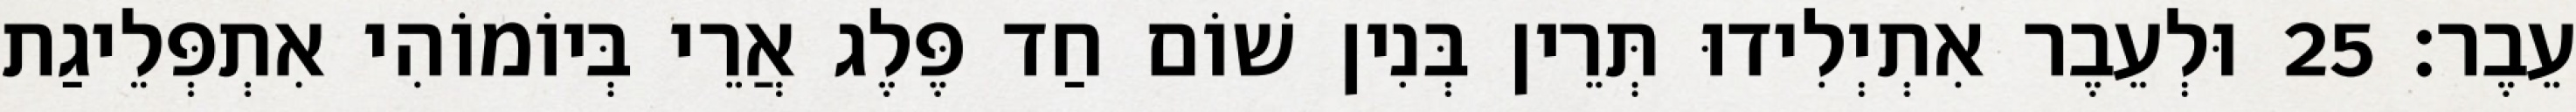
עֵבֶר׃ 25 וּלְעֵבֶר אִתְיְלִידוּ תְּרֵין בְּנִין שׁוֹם חַד פֶּלֶג אֲרֵי בְּיוֹמוֹהִי אִתְפְּלֵיגַת